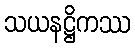
သယနဋ္ဌိကဿ